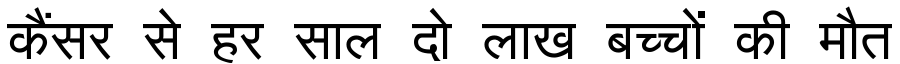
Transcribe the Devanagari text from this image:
कैंसर से हर साल दो लाख बच्चों की मौत